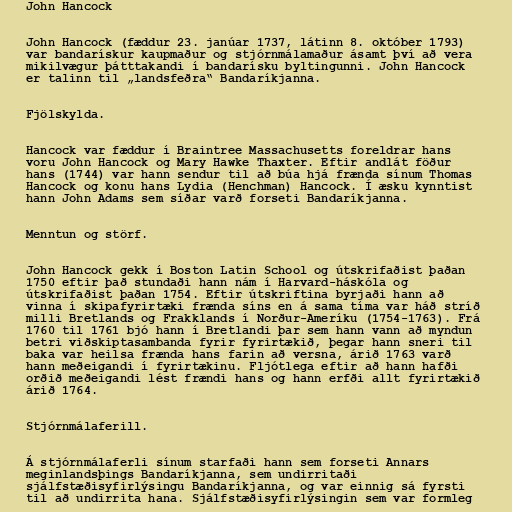
John Hancock

John Hancock (fæddur 23. janúar 1737, látinn 8. október 1793)
var bandarískur kaupmaður og stjórnmálamaður ásamt því að vera
mikilvægur þátttakandi í bandarísku byltingunni. John Hancock
er talinn til „landsfeðra“ Bandaríkjanna.

Fjölskylda.

Hancock var fæddur í Braintree Massachusetts foreldrar hans
voru John Hancock og Mary Hawke Thaxter. Eftir andlát föður
hans (1744) var hann sendur til að búa hjá frænda sínum Thomas
Hancock og konu hans Lydia (Henchman) Hancock. Í æsku kynntist
hann John Adams sem síðar varð forseti Bandaríkjanna.

Menntun og störf.

John Hancock gekk í Boston Latin School og útskrifaðist þaðan
1750 eftir það stundaði hann nám í Harvard-háskóla og
útskrifaðist þaðan 1754. Eftir útskriftina byrjaði hann að
vinna í skipafyrirtæki frænda síns en á sama tíma var háð stríð
milli Bretlands og Frakklands í Norður-Ameríku (1754-1763). Frá
1760 til 1761 bjó hann í Bretlandi þar sem hann vann að myndun
betri viðskiptasambanda fyrir fyrirtækið, þegar hann sneri til
baka var heilsa frænda hans farin að versna, árið 1763 varð
hann meðeigandi í fyrirtækinu. Fljótlega eftir að hann hafði
orðið meðeigandi lést frændi hans og hann erfði allt fyrirtækið
árið 1764.

Stjórnmálaferill.

Á stjórnmálaferli sínum starfaði hann sem forseti Annars
meginlandsþings Bandaríkjanna, sem undirritaði
sjálfstæðisyfirlýsingu Bandaríkjanna, og var einnig sá fyrsti
til að undirrita hana. Sjálfstæðisyfirlýsingin sem var formleg